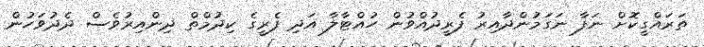
ތަރައްގީކޮށް ނަފާ ނަގަމުންދާއިރު ފެރީދުއްވުން ހުއްޓާލާ އަދި ފެރީގެ ކިދުމްތް ދިންއިރުވެސް ދެދުވަހުން